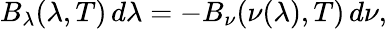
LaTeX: B_{\lambda}(\lambda,T)\, d\lambda=-B_{\nu}(\nu(\lambda),T)\, d\nu,